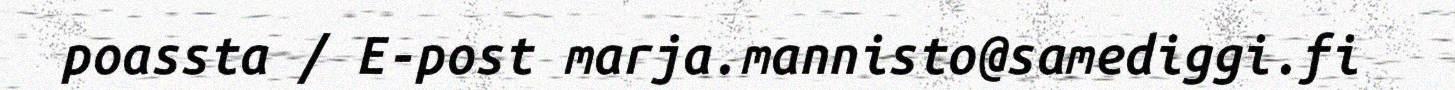
poassta / E-post marja.mannisto@samediggi.fi